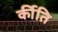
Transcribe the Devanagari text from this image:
र्कीति